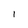
Character: l